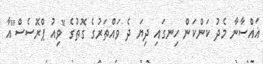
ޣައްސާނާ މެދު ކަންކަން ހިނގައި ދިޔަ ދެ ވައްތަރުގެ ގޮތުގެ "ވިއު ޕްރޮސެސް"އާ